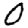
Digit: 0